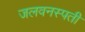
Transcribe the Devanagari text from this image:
जलवनस्पती